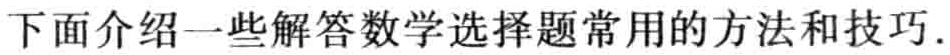
下面介绍一些解答数学选择题常用的方法和技巧.